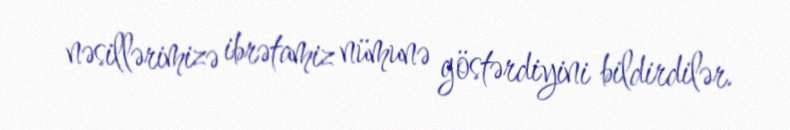
nəsillərimizə ibrətamiz nümunə göstərdiyini bildirdilər.